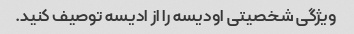
ویژگی شخصیتی اودیسه را از ادیسه توصیف کنید.